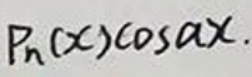
$P _ { n } ( x ) \cos a x.$